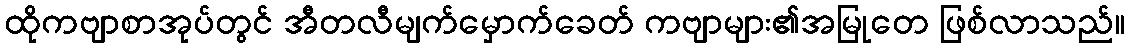
ထိုကဗျာစာအုပ်တွင် အီတလီမျက်မှောက်ခေတ် ကဗျာများ၏အမြုတေ ဖြစ်လာသည်။